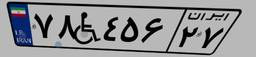
۷۸W۴۵۶۲۷